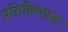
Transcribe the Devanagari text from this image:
प्रतिष्ठितप्रज्ञ